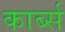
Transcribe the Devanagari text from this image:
कार्ब्स